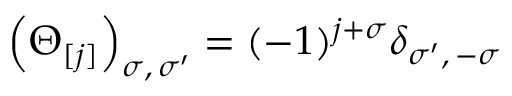
\left( \Theta _ { [ j ] } \right) _ { \sigma , \, \sigma ^ { \prime } } = ( - 1 ) ^ { j + \sigma } \delta _ { \sigma ^ { \prime } , \, - \sigma }